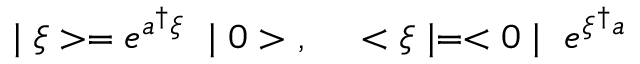
\mid \xi > = e ^ { a ^ { \dag } \xi } ~ \mid 0 > ~ , ~ ~ ~ ~ < \xi \mid = < 0 \mid ~ e ^ { \xi ^ { \dag } a }